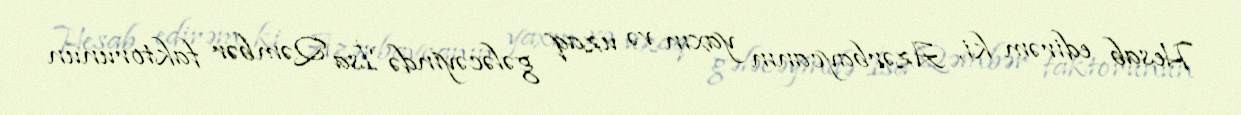
Hesab edirəm ki, Azərbaycanın yaxın və uzaq gələcəyində İsa Qəmbər faktorunun